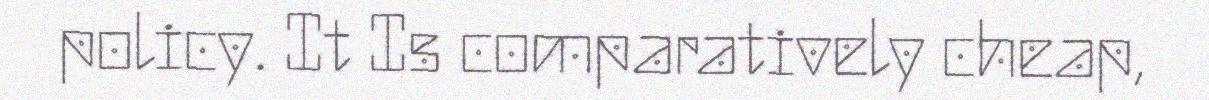
policy. It Is comparatively cheap,